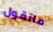
ماتقول